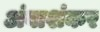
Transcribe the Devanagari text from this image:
अंबाशंकर